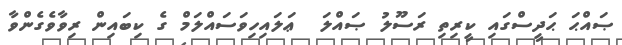
ޞައްޙަ ޙަދީސްގައި ކީރިތި ރަސޫލު ޞައްލަ  ޢަލައިހިވަސައްލަމް ގެ ކިބައިން ރިވާވެގެންވާ